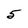
Character: 5